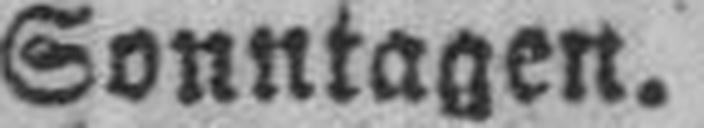
Sonntagen.